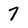
Character: 7